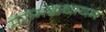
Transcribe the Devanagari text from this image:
मरुमक्कथायम